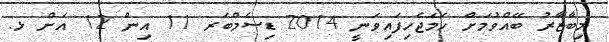
މިބާޒާރު ބޭއްވުމަށް ހަމަޖެހިފައިވަނީ 2014 ޑިސެމްބަރ 11 އިން 12 އަށް ޅ.